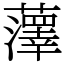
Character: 䕪